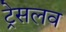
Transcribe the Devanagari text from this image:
ट्रेसलव